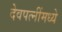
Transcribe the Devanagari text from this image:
देवपत्‍नींमध्ये